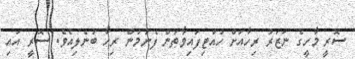
ސޮރީ މާހީގެ ނަޒަރު ރިހާއަށް ހުއްޓިފައިވާތަން ފެނުމުން ރިހާ ބުނެލިއެވެ. ސޮރީ އައި